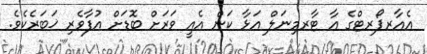
އެއާރޕޯރޓްގެ އާ ޓާރމިނަލް އަޅާ ކަން އެއީ ވަރަށް ބޮޑަށް އުފާވެރި ޚަަބަރެކެވެ.